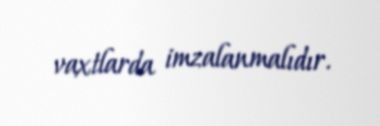
vaxtlarda imzalanmalıdır.